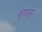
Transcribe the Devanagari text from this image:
युगायुगे